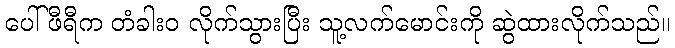
ပေါ်ဖီရီက တံခါးဝ လိုက်သွားပြီး သူ့လက်မောင်းကို ဆွဲထားလိုက်သည်။